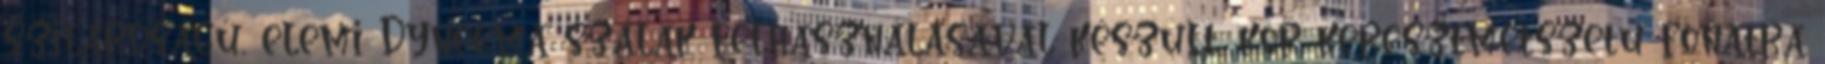
szilárdságú, elemi Dyneema szálak felhasználásával készült, kör keresztmetszetű fonatra